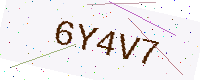
Text: 6Y4V7